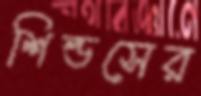
শিল্ডসের